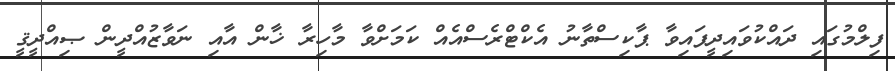
ފިލްމުގައި ދައްކުވައިދީފައިވާ ޕާކިސްތާނު އެކްޓްރެސްއެއް ކަމަށްވާ މާހިރާ ޚާން އާއި ނަވާޒުއްދީން ޞިއްދީޤީ